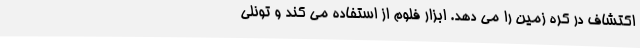
اکتشاف در کره زمین را می دهد. ابزار فلوم از استفاده می کند و تونلی